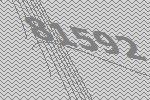
81592